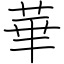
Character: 華